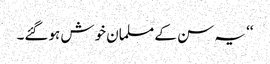
‘‘ یہ سن کے مسلمان خوش ہوگئے۔